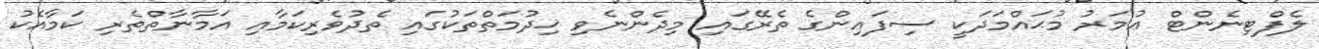
ލެފްޓިނެންޓް ޢުމަރު މުޙައްމަދަކީ ސިފައިންގެ ތެރޭގައި މިދެންނެވި ޚިދުމަތްތަކުގައި ތެދުވެރިކަމާއި އަމާނާތްތެރި ކަމާއެކު